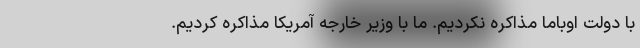
با دولت اوباما مذاکره نکردیم. ما با وزیر خارجه آمریکا مذاکره کردیم.